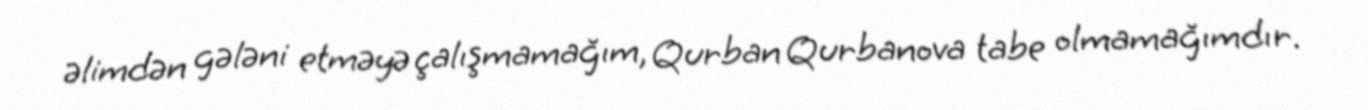
əlimdən gələni etməyə çalışmamağım, Qurban Qurbanova tabe olmamağımdır.